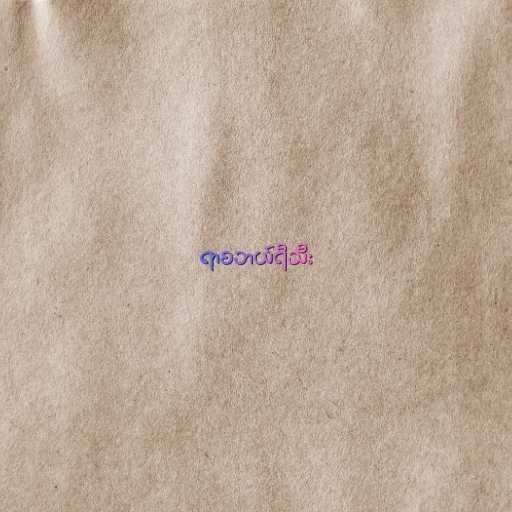
ရာစဘယ်ရီသီး